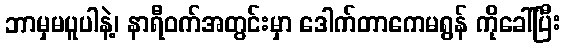
ဘာမှမပူပါနဲ့၊ နာရီဝက်အတွင်းမှာ ဒေါက်တာကေမရွန် ကိုခေါ်ပြီး